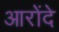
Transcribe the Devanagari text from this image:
आरोंदे